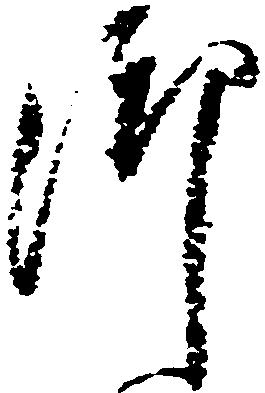
御